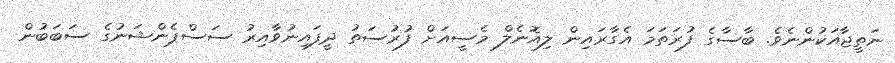
ނަތީޖާއަކުންނެވެ. ބާސާގެ ފުރަތަމަ އެގާރައިން ލިއޮނެލް މެސީއަށް ފުރުސަތު ދީފައިނުވާއިރު ސަސްޕެންޝަނުގެ ސަބަބުން